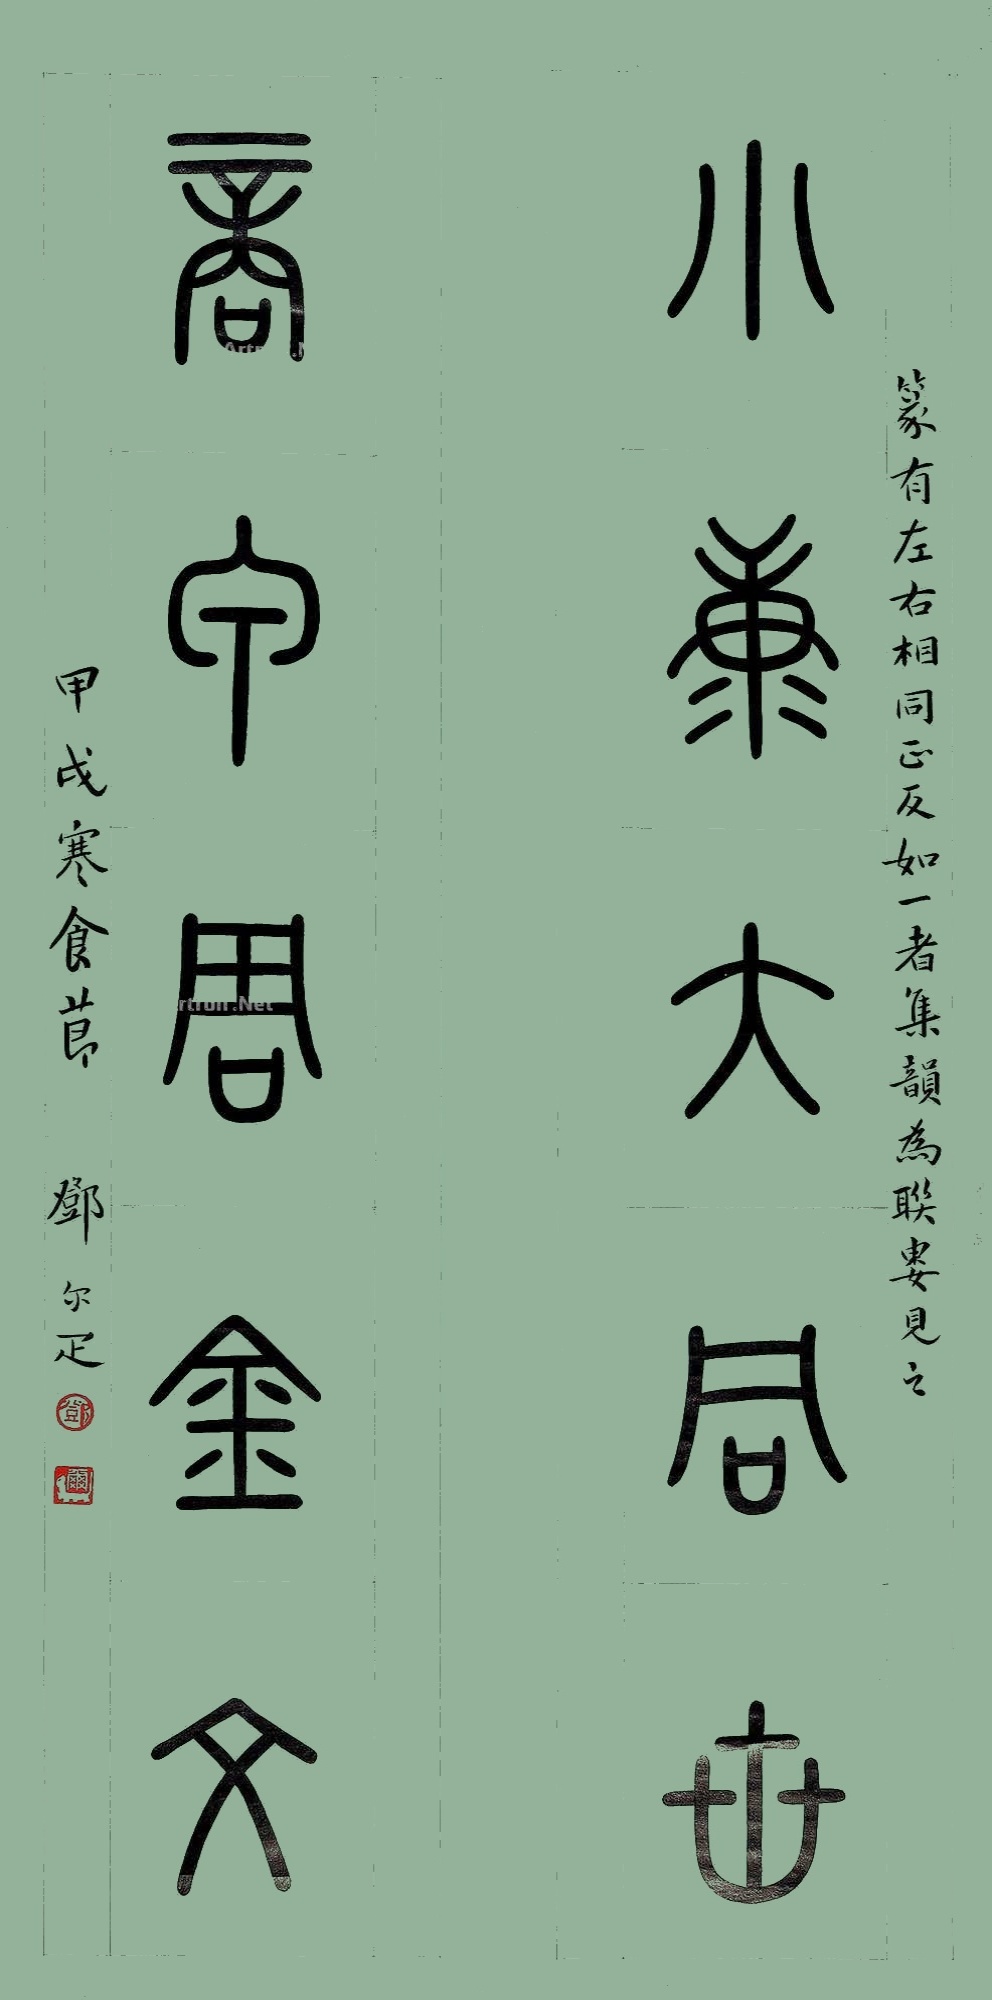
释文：小康大同世，商甲周金文。篆有左右相同正反如一者集韵为联娄见之。甲戌寒食节，邓尔匹。